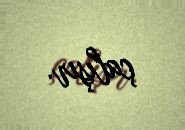
çalışır.